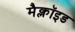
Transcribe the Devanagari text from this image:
मैक्लॉइड